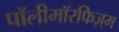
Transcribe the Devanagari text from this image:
पॉलीमॉरफिज़्म